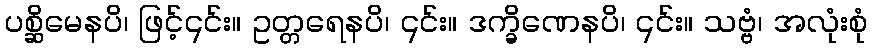
ပစ္ဆိမေနပိ၊ ဖြင့်၎င်း။ ဥတ္တရေနပိ၊ ၎င်း။ ဒက္ခိဏေနပိ၊ ၎င်း။ သဗ္ဗံ၊ အလုံးစုံ